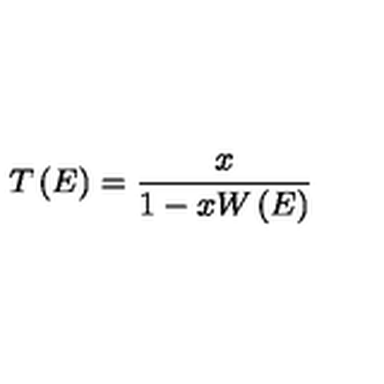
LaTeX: T \left( E \right) = { \frac { x } { 1 - x W \left( E \right) } }